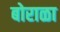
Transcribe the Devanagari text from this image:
बोराळा